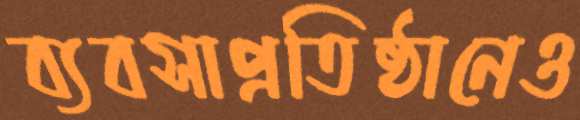
ব্যবসাপ্রতিষ্ঠানেও